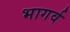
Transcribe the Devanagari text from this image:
भागर्व